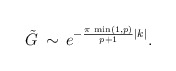
\begin{align*}\displaystyle \tilde{G}\, \sim \, e^{-\frac{\pi \, \min (1,p)}{p+1}|k|}.\end{align*}